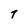
Character: t